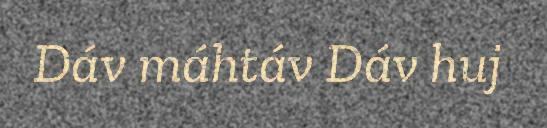
Dáv máhtáv Dáv huj